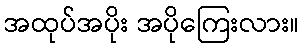
အထုပ်အပိုး အပိုကြေးလား။